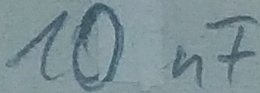
Text: 10nF